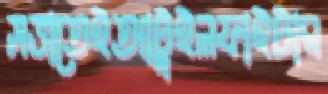
সভাতেইআটুইলফাইটার